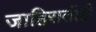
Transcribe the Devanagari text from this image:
जाहिरातीही